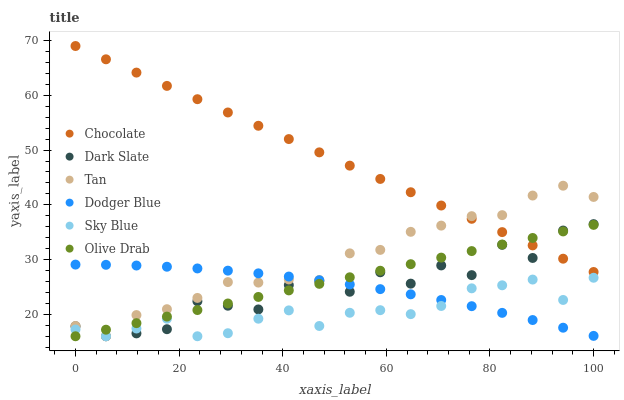
| xaxis_label | Chocolate | Dark Slate | Tan | Dodger Blue | Sky Blue | Olive Drab |
 | --- | --- | --- | --- | --- | --- | --- |
 | 0 | 69 | 17.8 | 17.9 | 29.1 | 17.2 | 16 |
 | 5.88 | 66.6 | 16 | 16 | 29 | 16 | 17.2 |
 | 11.8 | 64.1 | 16.5 | 19.9 | 28.9 | 17.4 | 18.4 |
 | 17.6 | 61.7 | 17.3 | 20.9 | 28.7 | 19.2 | 19.6 |
 | 23.5 | 59.3 | 22.4 | 23 | 28.4 | 16 | 20.8 |
 | 29.4 | 56.9 | 21.6 | 25.9 | 28 | 16.6 | 22 |
 | 35.3 | 54.4 | 20.9 | 25.8 | 27.5 | 19.2 | 23.2 |
 | 41.2 | 52 | 25.3 | 26.4 | 26.9 | 20.7 | 24.4 |
 | 47.1 | 49.6 | 26.1 | 26.3 | 26.2 | 17.9 | 25.6 |
 | 52.9 | 47.2 | 24.1 | 31.1 | 25.5 | 20.3 | 26.8 |
 | 58.8 | 44.7 | 27.7 | 31.8 | 24.6 | 20.8 | 28 |
 | 64.7 | 42.3 | 25.6 | 35.1 | 23.7 | 20 | 29.2 |
 | 70.6 | 39.9 | 28.9 | 36.2 | 22.6 | 21.5 | 30.4 |
 | 76.5 | 37.4 | 27.2 | 37.9 | 21.5 | 24.8 | 31.6 |
 | 82.4 | 35 | 32.7 | 38.1 | 20.3 | 25.3 | 32.7 |
 | 88.2 | 32.6 | 30.3 | 41.7 | 19 | 26.4 | 33.9 |
 | 94.1 | 30.2 | 35.3 | 43.5 | 17.6 | 22.6 | 35.1 |
 | 100 | 27.7 | 36.5 | 41.4 | 16.1 | 26.7 | 36.3 |